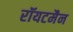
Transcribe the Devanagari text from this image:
रॉयटमैन